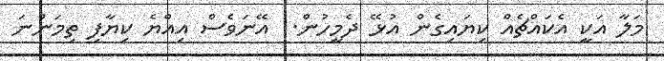
މަލާ އަކީ އެކައްޗެއް ކިޔައިގެން އުޅޭ ދެމީހުން.. އޭނަވެސް އިއްޔެ ކިޔާފި ތިމަންނަ